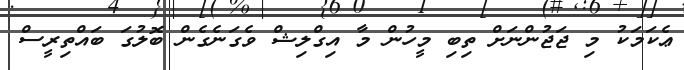
ޢެކަމަކު މި ޖަޖުންނަށް ތިބި މީހުން މާ އިގްލިޝް ވެގަނެގެން ބޮލުގަ ބައްތިރީސް